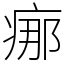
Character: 𤶸